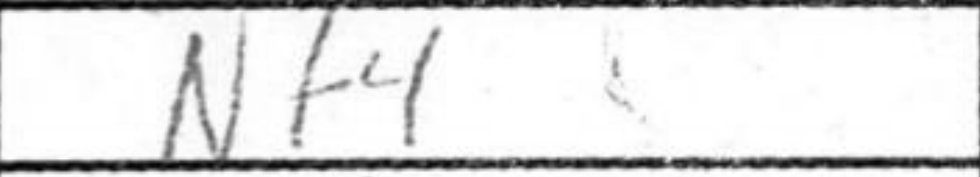
Transcription: Nf4